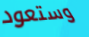
وستعود